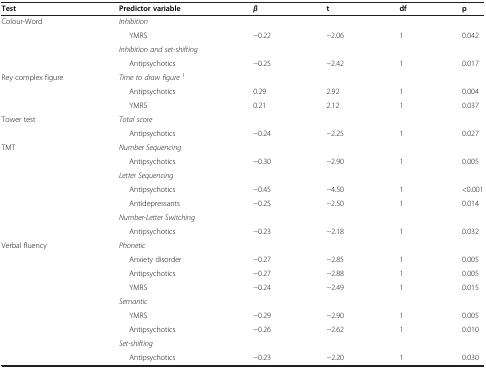
| Test | Predictor variable | β | t | df | p |
 | --- | --- | --- | --- | --- | --- |
 | Colour-Word | Inhibition |  |  |  |  |
 |  | YMRS | −0.22 | −2.06 | 1 | 0.042 |
 |  | Inhibition and set-shifting |  |  |  |  |
 |  | Antipsychotics | −0.25 | −2.42 | 1 | 0.017 |
 | Rey complex figure | Time to draw figure1 |  |  |  |  |
 |  | Antipsychotics | 0.29 | 2.92 | 1 | 0.004 |
 |  | YMRS | 0.21 | 2.12 | 1 | 0.037 |
 | Tower test | Total score |  |  |  |  |
 |  | Antipsychotics | −0.24 | −2.25 | 1 | 0.027 |
 | TMT | Number Sequencing |  |  |  |  |
 |  | Antipsychotics | −0.30 | −2.90 | 1 | 0.005 |
 |  | Letter Sequencing |  |  |  |  |
 |  | Antipsychotics | −0.45 | −4.50 | 1 | <0.001 |
 |  | Antidepressants | −0.25 | −2.50 | 1 | 0.014 |
 |  | Number-Letter Switching |  |  |  |  |
 |  | Antipsychotics | −0.23 | −2.18 | 1 | 0.032 |
 | Verbal fluency | Phonetic |  |  |  |  |
 |  | Anxiety disorder | −0.27 | −2.85 | 1 | 0.005 |
 |  | Antipsychotics | −0.27 | −2.88 | 1 | 0.005 |
 |  | YMRS | −0.24 | −2.49 | 1 | 0.015 |
 |  | Semantic |  |  |  |  |
 |  | YMRS | −0.29 | −2.90 | 1 | 0.005 |
 |  | Antipsychotics | −0.26 | −2.62 | 1 | 0.010 |
 |  | Set-shifting |  |  |  |  |
 |  | Antipsychotics | −0.23 | −2.20 | 1 | 0.030 |